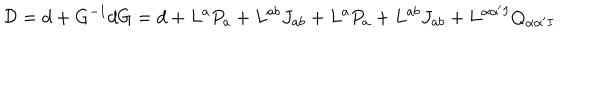
LaTeX: { \cal D } = d + G ^ { - 1 } d G = d + L ^ { a } P _ { a } + L ^ { a b } J _ { a b } + L ^ { a } P _ { a } + L ^ { a b } J _ { a b } + L ^ { \alpha \alpha ^ { \prime } I } Q _ { \alpha \alpha ^ { \prime } I }